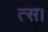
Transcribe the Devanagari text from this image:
त्स।